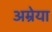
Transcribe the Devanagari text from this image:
अम्रेया